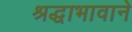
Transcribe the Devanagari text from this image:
श्रद्धाभावाने